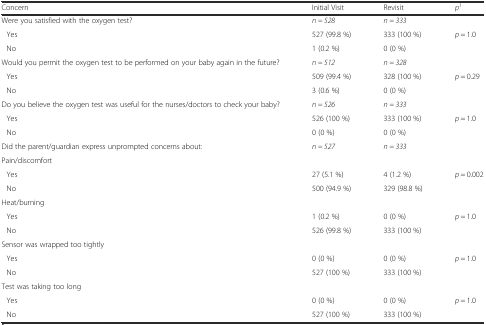
<table><thead><tr><td><b>Concern</b></td><td><b>Initial Visit</b></td><td><b>Revisit</b></td><td><b><i>p</i><sup>1</sup></b></td></tr></thead><tbody><tr><td>Were you satisfied with the oxygen test?</td><td><i>n = 528</i></td><td><i>n = 333</i></td><td></td></tr><tr><td>Yes</td><td>527 (99.8 %)</td><td>333 (100 %)</td><td><i>p</i> = 1.0</td></tr><tr><td>No</td><td>1 (0.2 %)</td><td>0 (0 %)</td><td></td></tr><tr><td>Would you permit the oxygen test to be performed on your baby again in the future?</td><td><i>n = 512</i></td><td><i>n = 328</i></td><td></td></tr><tr><td>Yes</td><td>509 (99.4 %)</td><td>328 (100 %)</td><td><i>p</i> = 0.29</td></tr><tr><td>No</td><td>3 (0.6 %)</td><td>0 (0 %)</td><td></td></tr><tr><td>Do you believe the oxygen test was useful for the nurses/doctors to check your baby?</td><td><i>n = 526</i></td><td><i>n = 333</i></td><td></td></tr><tr><td>Yes</td><td>526 (100 %)</td><td>333 (100 %)</td><td><i>p</i> = 1.0</td></tr><tr><td>No</td><td>0 (0 %)</td><td>0 (0 %)</td><td></td></tr><tr><td>Did the parent/guardian express unprompted concerns about:</td><td><i>n = 527</i></td><td><i>n = 333</i></td><td></td></tr><tr><td>Pain/discomfort</td><td></td><td></td><td></td></tr><tr><td>Yes</td><td>27 (5.1 %)</td><td>4 (1.2 %)</td><td><i>p</i> = 0.002</td></tr><tr><td>No</td><td>500 (94.9 %)</td><td>329 (98.8 %)</td><td></td></tr><tr><td>Heat/burning</td><td></td><td></td><td></td></tr><tr><td>Yes</td><td>1 (0.2 %)</td><td>0 (0 %)</td><td><i>p</i> = 1.0</td></tr><tr><td>No</td><td>526 (99.8 %)</td><td>333 (100 %)</td><td></td></tr><tr><td>Sensor was wrapped too tightly</td><td></td><td></td><td></td></tr><tr><td>Yes</td><td>0 (0 %)</td><td>0 (0 %)</td><td><i>p</i> = 1.0</td></tr><tr><td>No</td><td>527 (100 %)</td><td>333 (100 %)</td><td></td></tr><tr><td>Test was taking too long</td><td></td><td></td><td></td></tr><tr><td>Yes</td><td>0 (0 %)</td><td>0 (0 %)</td><td><i>p</i> = 1.0</td></tr><tr><td>No</td><td>527 (100 %)</td><td>333 (100 %)</td><td></td></tr></tbody></table>